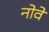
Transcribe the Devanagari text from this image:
नोवें